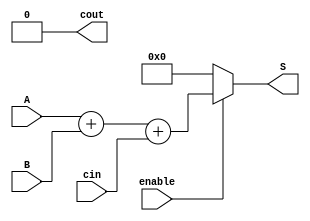
module CLA(     //ӷģ飬óǰλӷ
input [31:0] A,
input [31:0] B,
input cin,
input enable, // added enable input
output [31:0] S,
output cout
);

genvar i;
wire [3:0] G [31:0];
wire [3:0] P [31:0];
wire [3:0] C [31:0];

generate
for(i = 0; i < 32; i = i + 1) begin : GEN
assign G[i] = A[i] & B[i];
assign P[i] = A[i] ^ B[i];
assign C[i][0] = G[i][0] | (P[i][0] & (i == 0 ? cin : C[i-1][0])); // modified carry calculation with enable
assign C[i][1] = G[i][1] | (P[i][1] & (i == 0 ? C[i][0] : C[i-1][1])); // modified carry calculation with enable
assign C[i][2] = G[i][2] | (P[i][2] & (i == 0 ? C[i][1] : C[i-1][2])); // modified carry calculation with enable
assign C[i][3] = G[i][3] | (P[i][3] & (i == 0 ? C[i][2] : C[i-1][3])); // modified carry calculation with enable
end
endgenerate

assign S = (enable ? A + B + cin : 32'b0); // output 0 when enable is 0
assign cout = (enable ? C[31][3] : 1'b0); // output 0 when enable is 0

endmodule